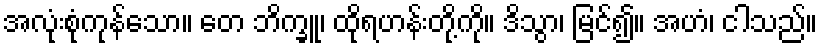
အလုံးစုံကုန်သော။ တေ ဘိက္ခူ၊ ထိုရဟန်းတို့ကို။ ဒိသွာ၊ မြင်၍။ အဟံ၊ ငါသည်။